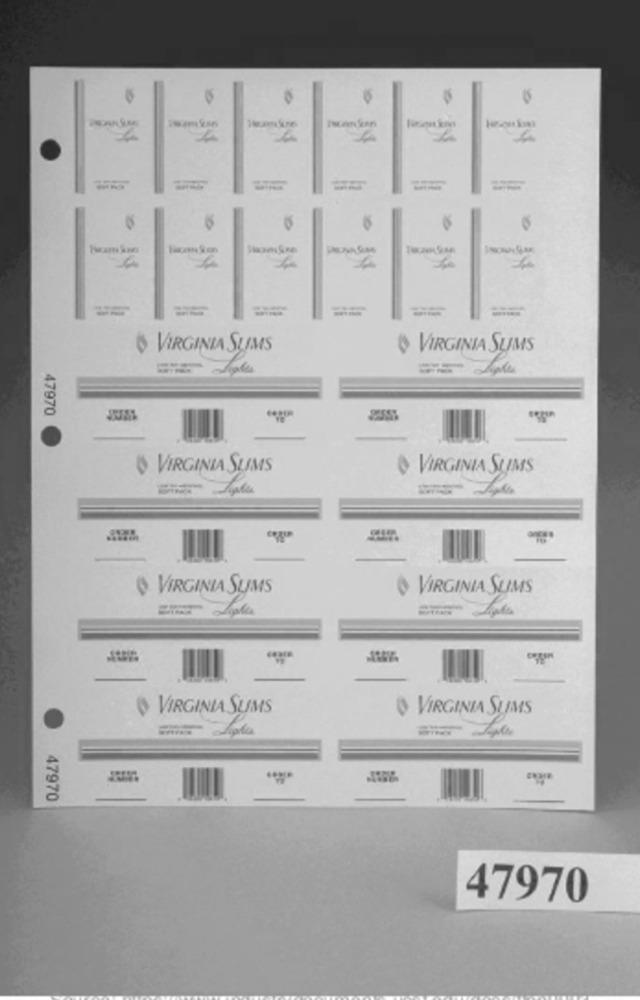
--
O VIRGINIA SUMS
O VIRGINIA SUMS
47970
VIRGINIA SUMS
O VIRGINIA SUMS
O VIRGINIA SUMS
O VIRGINIA SUMS
VIRGINIA SUMS
O VIRGINIA SUMS
47970
47970